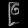
Digit: ၉